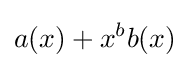
a(x)+x^{b}b(x)